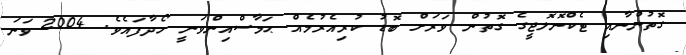
ގޮތުންނާއި ޓެކްނޮލޮޖީގެ ގޮތުން ވަރަށް ބޮޑު ކުރިއެރުމެއް ޙަމާސްއިންވަނީ ހޯދާފައެވެ. 2004 ވަނަ